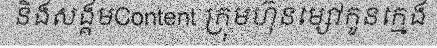
និងសង្គមContent ក្រុមហ៊ុនម្សៅកូនក្មេង